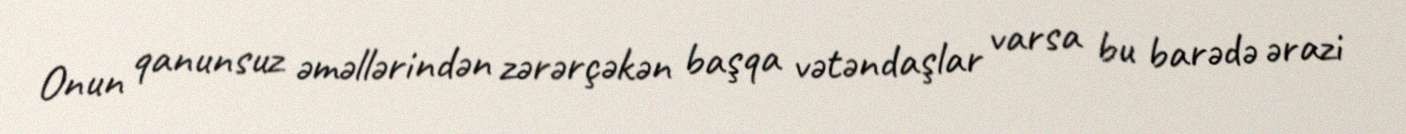
Onun qanunsuz əməllərindən zərərçəkən başqa vətəndaşlar varsa bu barədə ərazi